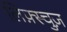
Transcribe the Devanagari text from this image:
लिफ़्स्चुज़